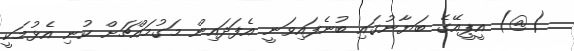
(@) އީޕީއޭގެ ބަޔާނުގައި ބުނެފައިވަނީ އެފަދައިން މަގުމައްޗަށް ކުނި އެޅުމަކީ